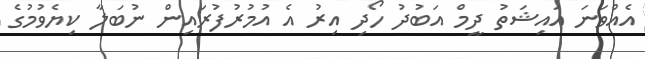
އެއްވަނަ އައިޝަތު ދީމް އަބުދު ހޯދި އިރު އެ އުމުރުފުރައިން ނުބަލާ ކިޔެވުމުގެ